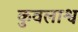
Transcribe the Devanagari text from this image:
कुवलाश्व